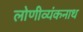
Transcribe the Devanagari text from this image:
लोणीव्यंकनाथ